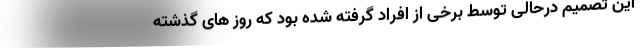
این تصمیم درحالی توسط برخی از افراد گرفته شده بود که روز های گذشته